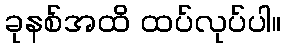
ခုနစ်အထိ ထပ်လုပ်ပါ။